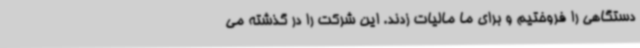
دستگاهی را فروختیم و برای ما مالیات زدند. این شرکت را در گذشته می